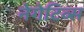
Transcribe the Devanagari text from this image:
नेगेटिव्स